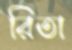
রিতা